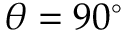
\theta = 9 0 ^ { \circ }